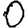
Digit: 0